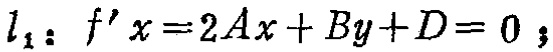
\(l_{1}: f^{\prime}x = 2Ax + By+D = 0;\)